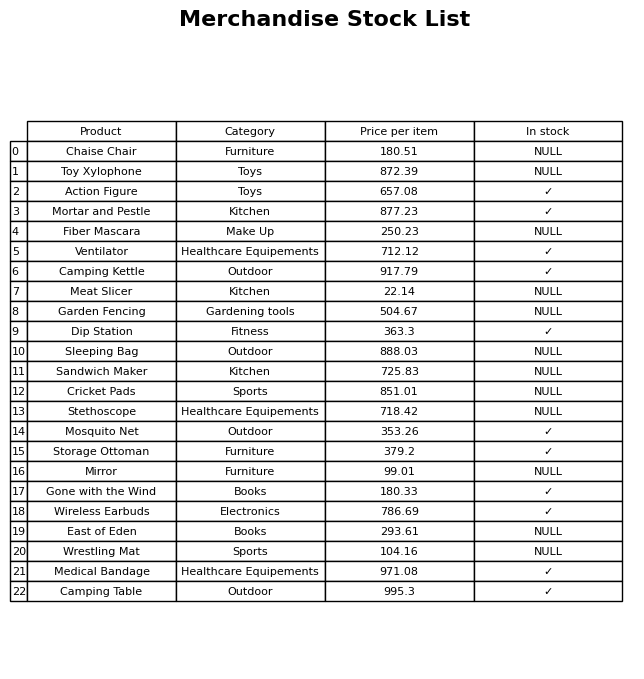
question: What is the price of the Storage Ottoman?
answer: The price of Storage Ottoman is 379.2.